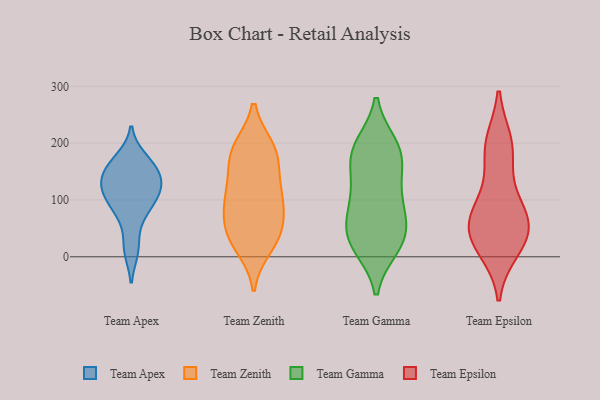
{"axis": {"x": "Shipments", "y": "Value"}, "legend": ["Team Apex", "Team Epsilon", "Team Gamma", "Team Zenith"], "data": [{"x": "", "y": 16, "type": "Team Apex"}, {"x": "", "y": 74, "type": "Team Apex"}, {"x": "", "y": 108, "type": "Team Apex"}, {"x": "", "y": 77, "type": "Team Apex"}, {"x": "", "y": 142, "type": "Team Apex"}, {"x": "", "y": 118, "type": "Team Apex"}, {"x": "", "y": 161, "type": "Team Apex"}, {"x": "", "y": 136, "type": "Team Apex"}, {"x": "", "y": 12, "type": "Team Apex"}, {"x": "", "y": 130, "type": "Team Apex"}, {"x": "", "y": 110, "type": "Team Apex"}, {"x": "", "y": 94, "type": "Team Apex"}, {"x": "", "y": 156, "type": "Team Apex"}, {"x": "", "y": 122, "type": "Team Apex"}, {"x": "", "y": 165, "type": "Team Apex"}, {"x": "", "y": 172, "type": "Team Apex"}, {"x": "", "y": 190, "type": "Team Zenith"}, {"x": "", "y": 132, "type": "Team Zenith"}, {"x": "", "y": 50, "type": "Team Zenith"}, {"x": "", "y": 27, "type": "Team Zenith"}, {"x": "", "y": 187, "type": "Team Zenith"}, {"x": "", "y": 86, "type": "Team Zenith"}, {"x": "", "y": 93, "type": "Team Zenith"}, {"x": "", "y": 192, "type": "Team Zenith"}, {"x": "", "y": 104, "type": "Team Zenith"}, {"x": "", "y": 17, "type": "Team Zenith"}, {"x": "", "y": 100, "type": "Team Zenith"}, {"x": "", "y": 147, "type": "Team Zenith"}, {"x": "", "y": 37, "type": "Team Zenith"}, {"x": "", "y": 180, "type": "Team Zenith"}, {"x": "", "y": 50, "type": "Team Zenith"}, {"x": "", "y": 158, "type": "Team Gamma"}, {"x": "", "y": 179, "type": "Team Gamma"}, {"x": "", "y": 23, "type": "Team Gamma"}, {"x": "", "y": 36, "type": "Team Gamma"}, {"x": "", "y": 192, "type": "Team Gamma"}, {"x": "", "y": 94, "type": "Team Gamma"}, {"x": "", "y": 183, "type": "Team Gamma"}, {"x": "", "y": 18, "type": "Team Gamma"}, {"x": "", "y": 125, "type": "Team Gamma"}, {"x": "", "y": 99, "type": "Team Gamma"}, {"x": "", "y": 29, "type": "Team Gamma"}, {"x": "", "y": 71, "type": "Team Gamma"}, {"x": "", "y": 50, "type": "Team Gamma"}, {"x": "", "y": 195, "type": "Team Gamma"}, {"x": "", "y": 21, "type": "Team Epsilon"}, {"x": "", "y": 200, "type": "Team Epsilon"}, {"x": "", "y": 90, "type": "Team Epsilon"}, {"x": "", "y": 198, "type": "Team Epsilon"}, {"x": "", "y": 63, "type": "Team Epsilon"}, {"x": "", "y": 51, "type": "Team Epsilon"}, {"x": "", "y": 95, "type": "Team Epsilon"}, {"x": "", "y": 14, "type": "Team Epsilon"}, {"x": "", "y": 45, "type": "Team Epsilon"}, {"x": "", "y": 46, "type": "Team Epsilon"}, {"x": "", "y": 176, "type": "Team Epsilon"}]}